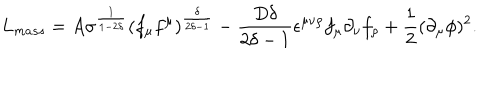
LaTeX: L _ { m a s s } = A \sigma ^ { \frac { 1 } { 1 - 2 \delta } } ( f _ { \mu } f ^ { \mu } ) ^ { \frac { \delta } { 2 \delta - 1 } } - \frac { D \delta } { 2 \delta - 1 } \epsilon ^ { \mu \nu \rho } f _ { \mu } \partial _ { \nu } f _ { \rho } + \frac { 1 } { 2 } ( \partial _ { \mu } \phi ) ^ { 2 } .